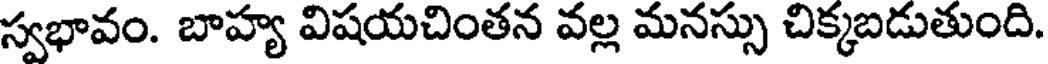
స్వభావం. బాహ్య విషయచింతన వల్ల మనస్సు చిక్కబడుతుంది.